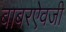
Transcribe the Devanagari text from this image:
बाबरऐवजी